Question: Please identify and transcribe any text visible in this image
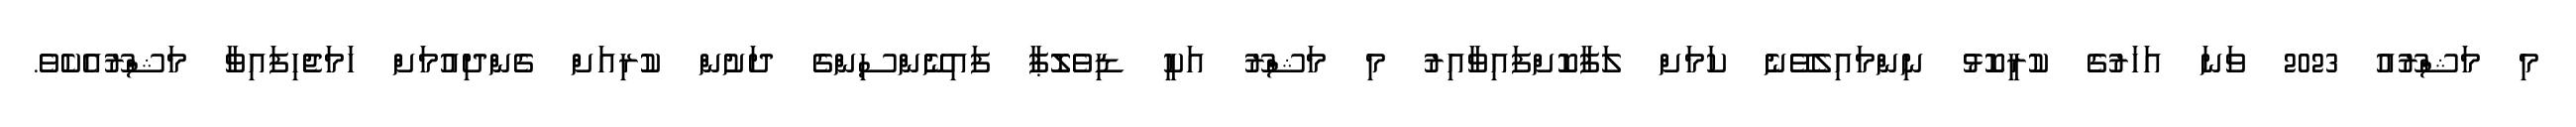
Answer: މި މަޝްރޫއު 2023 ވަނަ އަހަރުގެ ކުރީކޮޅު ނިންމައިލެވޭނެ ކަމަށް ލަފާކޮށްފައިވާއިރު މި މަޝްރޫ އަކީ ޑިވެލޮޕާ ފައިނޭންސިންގެ ދަށުން ކުރިއަށް ގެންދިއުމަށް ހަމަޖެހިފައިވާ މަޝްރޫއެކެވެ.